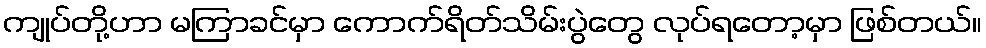
ကျုပ်တို့ဟာ မကြာခင်မှာ ကောက်ရိတ်သိမ်းပွဲတွေ လုပ်ရတော့မှာ ဖြစ်တယ်။